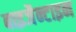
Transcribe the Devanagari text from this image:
बाइजैन्टाइन